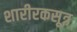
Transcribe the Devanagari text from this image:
शारीरकसूत्र